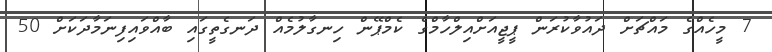
7 މީހެއްގެ މައްޗަށް ދައުވާކުރަން ޕީޖީއަށްއިލްހާމްގެ ކެމްޕޭން ހިނގާލުމެއް ދަނގެތީގައި ބާއްވައިފިނަމާދަކަށް 50